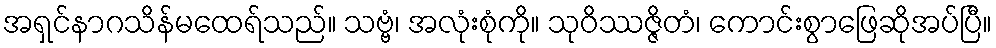
အရှင်နာဂသိန်မထေရ်သည်။ သဗ္ဗံ၊ အလုံးစုံကို။ သုဝိဿဇ္ဇိတံ၊ ကောင်းစွာဖြေဆိုအပ်ပြီ။